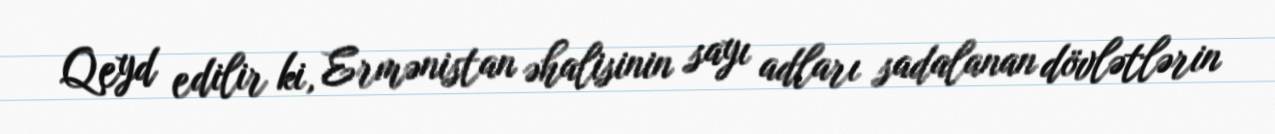
Qeyd edilir ki, Ermənistan əhalisinin sayı adları sadalanan dövlətlərin